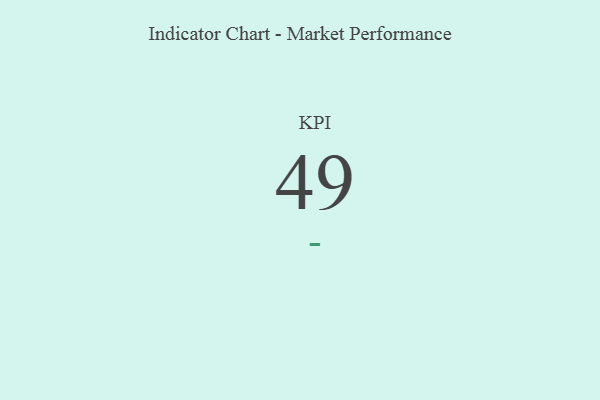
{"axis": {"x": "KPI", "y": "Value"}, "legend": [""], "data": [{"x": "KPI", "y": 49, "type": ""}]}